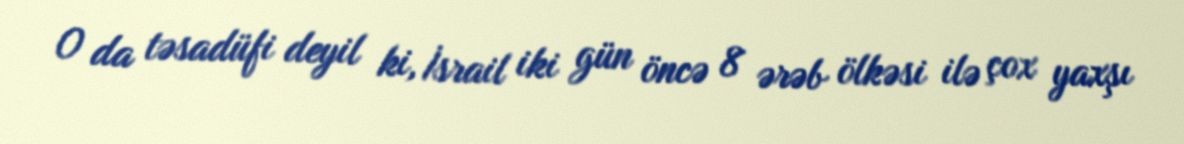
O da təsadüfi deyil ki, İsrail iki gün öncə 8 ərəb ölkəsi ilə çox yaxşı